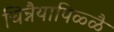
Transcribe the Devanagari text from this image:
चिन्नैयापिळ्ळै